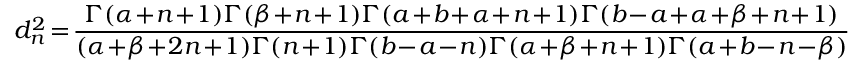
d _ { n } ^ { 2 } \! = \! \frac { \Gamma ( \alpha \! + \! n \! + \! 1 ) \Gamma ( \beta \! + \! n \! + \! 1 ) \Gamma ( a \! + \! b \! + \! \alpha \! + \! n \! + \! 1 ) \Gamma ( b \! - \! a \! + \! \alpha \! + \! \beta \! + \! n \! + \! 1 ) } { ( \alpha \! + \! \beta \! + \! 2 n \! + \! 1 ) \Gamma ( n \! + \! 1 ) \Gamma ( b \! - \! a \! - \! n ) \Gamma ( \alpha \! + \! \beta \! + \! n \! + \! 1 ) \Gamma ( a \! + \! b \! - \! n \! - \! \beta ) }